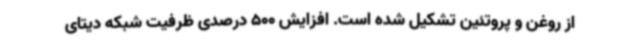
از روغن و پروتئین تشکیل شده است. افزایش 500 درصدی ظرفیت شبکه دیتای